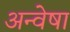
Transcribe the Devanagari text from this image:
अन्वेषा